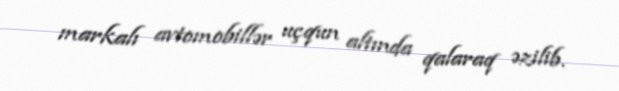
markalı avtomobillər uçqun altında qalaraq əzilib.